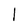
Character: I